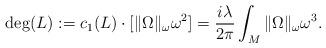
LaTeX: \begin{align*} \operatorname{deg} (L) : = c_1(L)\cdot [\|\Omega\|_\omega \omega^2] = \frac{i\lambda}{2\pi}\int_M \|\Omega\|_\omega \omega^3.\end{align*}